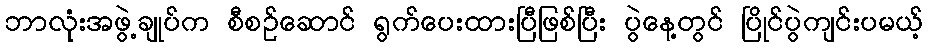
ဘာလုံးအဖွဲ့ချုပ်က စီစဉ်ဆောင် ရွက်ပေးထားပြီဖြစ်ပြီး ပွဲနေ့တွင် ပြိုင်ပွဲကျင်းပမယ့်